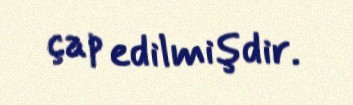
çap edilmişdir.